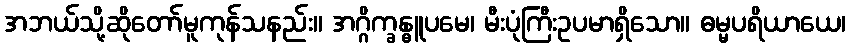
အဘယ်သို့ဆိုတော်မူကုန်သနည်း။ အဂ္ဂိက္ခန္ဓူပမေ၊ မီးပုံကြီးဥပမာရှိသော။ ဓမ္မပရိယာယေ၊